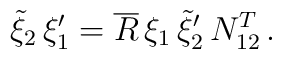
\tilde{\xi}_2\,\xi _1'=\overline{R}\,\xi _1\,\tilde{\xi}_2'\,N_{12}^{T}\,.